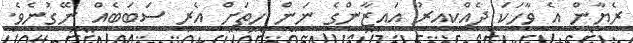
ރެޔާން އެ ވާހަކަ ދެއްކިއިރު އައިޒާންގެ ނަން ހިތަށް އެރި ސަބަބެއް ނޭގުނެވެ.